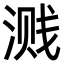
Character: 溅